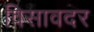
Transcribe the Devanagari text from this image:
विसावदर